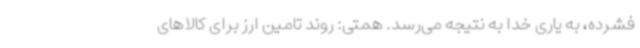
فشرده، به یاری خدا به نتیجه می‌رسد. همتی: روند تامین ارز برای کالاهای